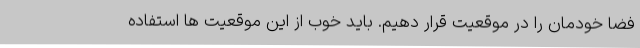
فضا خودمان را در موقعیت قرار دهیم. باید خوب از این موقعیت ها استفاده